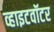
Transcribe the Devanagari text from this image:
व्हाइटवॉटर